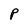
Character: P